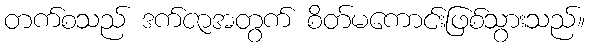
တက်စသည် ဒက်ဇာအတွက် စိတ်မကောင်းဖြစ်သွားသည်။